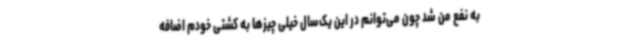
به نفع من شد چون می‌توانم در این یک‌سال خیلی چیزها به کشتی خودم اضافه